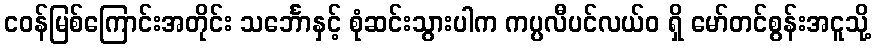
ငဝန်မြစ်ကြောင်းအတိုင်း သင်္ဘောနှင့် စုံဆင်းသွားပါက ကပ္ပလီပင်လယ်ဝ ရှိ မော်တင်စွန်းအငူသို့